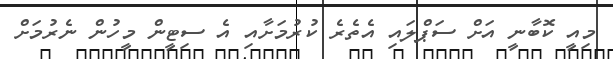
މިއީ ކޮބާނީ އަށް ސަޕްލައި އެތެރެ ކުރުމަށާއި އެ ސިޓީން މީހުން ނެރުމަށް